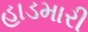
હાડમારી